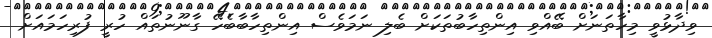
ވިދާޅުވީ މިހާތަނަށް ބޭއްވި އިންތިހާބުތަކަށް ބެލި ނަމަވެސް އިންތިހާބާބެހޭ ގާނޫނުތައް ހުރީ ފުރިހަމައަށް